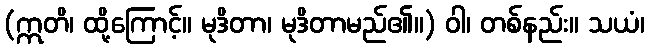
(ဣတိ၊ ထို့ကြောင့်။ မုဒိတာ၊ မုဒိတာမည်၏။) ဝါ၊ တစ်နည်း။ သယံ၊